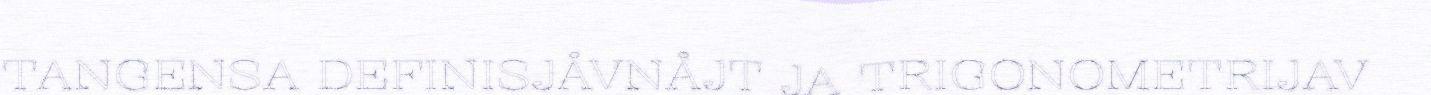
TANGENSA DEFINISJÅVNÅJT JA TRIGONOMETRIJAV